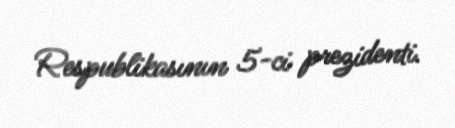
Respublikasının 5-ci prezidenti.